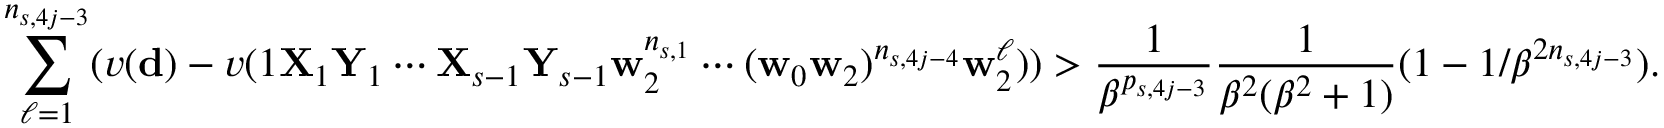
\sum _ { \ell = 1 } ^ { n _ { s , 4 j - 3 } } ( v ( \mathbf d ) - v ( 1 \mathbf X _ { 1 } \mathbf Y _ { 1 } \cdots \mathbf X _ { s - 1 } \mathbf Y _ { s - 1 } \mathbf w _ { 2 } ^ { n _ { s , 1 } } \cdots ( \mathbf w _ { 0 } \mathbf w _ { 2 } ) ^ { n _ { s , 4 j - 4 } } \mathbf w _ { 2 } ^ { \ell } ) ) > \frac 1 { \beta ^ { p _ { s , 4 j - 3 } } } \frac 1 { \beta ^ { 2 } ( \beta ^ { 2 } + 1 ) } ( 1 - 1 / \beta ^ { 2 n _ { s , 4 j - 3 } } ) .